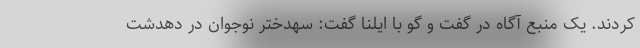
کردند. یک منبع آگاه در گفت و گو با ایلنا گفت: سهدختر نوجوان در دهدشت